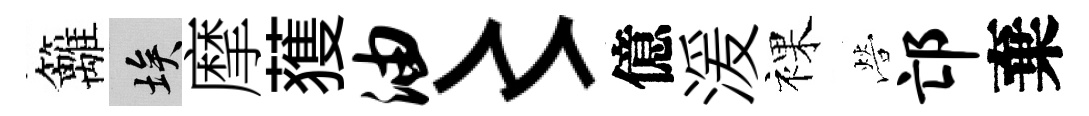
籬埃摩𫉬油〻億湲裸營邙棄